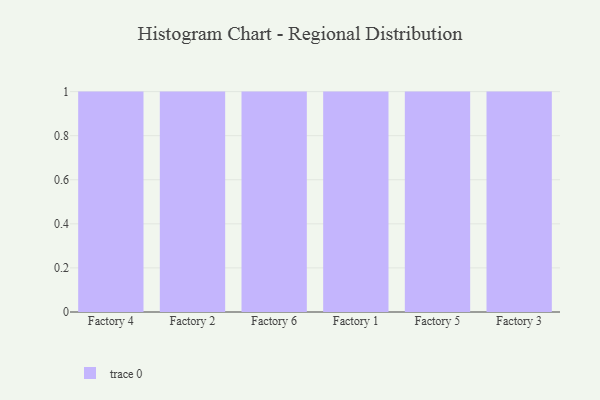
{"axis": {"x": "Factory", "y": "Tickets Resolved"}, "legend": [""], "data": [{"x": "Factory 4", "y": 89, "type": ""}, {"x": "Factory 2", "y": 5, "type": ""}, {"x": "Factory 6", "y": 26, "type": ""}, {"x": "Factory 1", "y": 81, "type": ""}, {"x": "Factory 5", "y": 32, "type": ""}, {"x": "Factory 3", "y": 51, "type": ""}]}